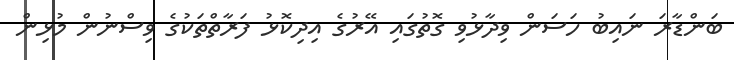
ބަންޑާރަ ނައިބު ހަސަން ވިދާޅުވި ގޮތުގައި އޭރުގެ އިދިކޮޅު ފަރާތްތަކުގެ ވިސްނުން މުޅިން